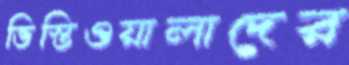
ভিস্তিওয়ালাদের